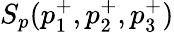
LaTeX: S_{p}(p_{1}^{+},p_{2}^{+},p_{3}^{+})